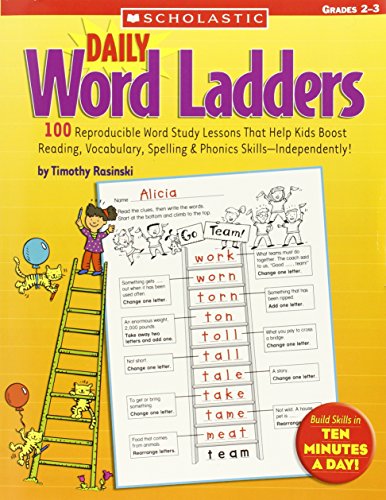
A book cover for Daily Word Ladders: Grades 2EE3: 100 Reproducible Word Study Lessons That Help Kids Boost Reading, Vocabulary, Spelling & Phonics SkillsEEIndependently!; Timothy Rasinski; Education & Teaching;